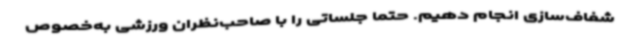
شفاف‌سازی انجام دهیم. حتما جلساتی را با صاحب‌نظران ورزشی به‌خصوص